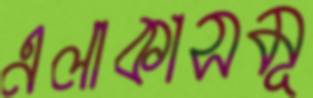
এলাকাসমূ